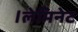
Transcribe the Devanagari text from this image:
।लेमिनेट